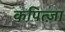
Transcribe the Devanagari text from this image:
कपित्ज़ा